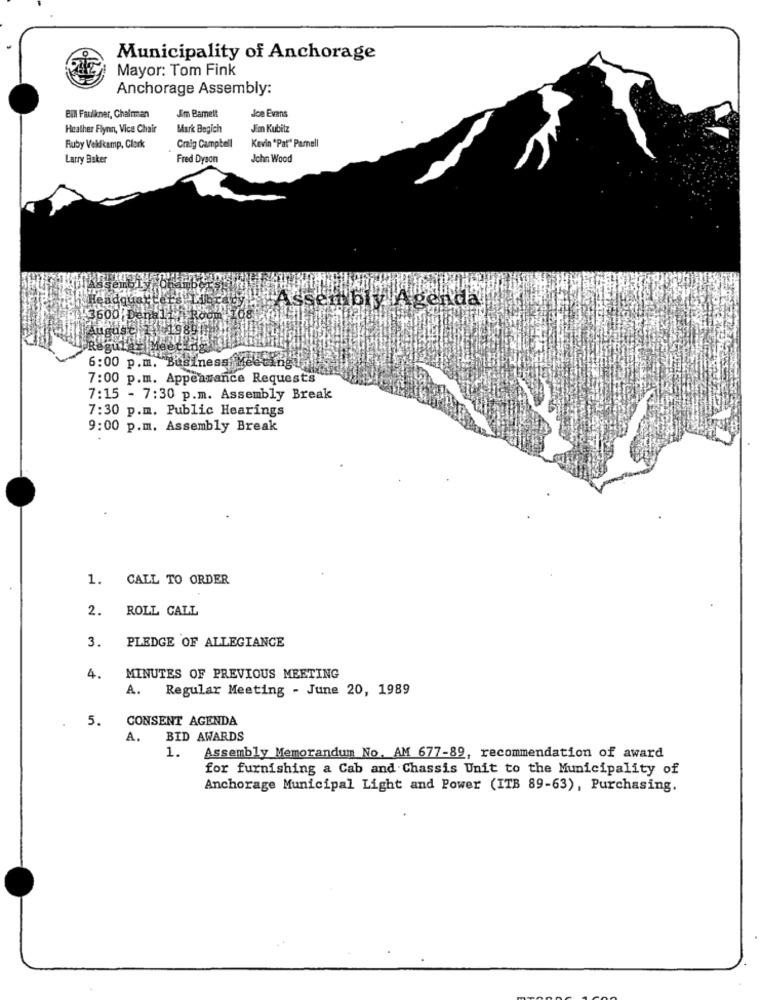
Municipality of Anchorage
Mayor: Tom Fink
Anchorage Assembly:
El Faulkner, Chairman
Jim Bamelt
Joe Evans
Heather Flynn, Vice Chair
Mark Bogich
Jim Kubitz
Ruby Vekkamp, Clark
Craig Campbell
Kevin "Pat" Parnell
Larry Baker
Fred Dyson
John Wood
adqual
#Assembly Agenda
360
6:00 p.m. Businessly
7:00 p.m. Appearance Requests
7:15 - 7:30 p.m. Assembly Break
7:30 p.m. Public Hearings
9:00 p.m. Assembly Break
1. CALL TO ORDER
2. ROLL CALL
PLEDGE OF ALLEGIANCE
3.
4.
MINUTES OF PREVIOUS MEETING
A. Regular Meeting - June 20, 1989
5.
CONSENT AGENDA
A.
BID AWARDS
1.
Assembly Memorandum No. AM 677-89, recommendation of award
for furnishing a Cab and Chassis Unit to the Municipality of
Anchorage Municipal Light and Power (ITB 89-63), Purchasing.